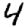
Digit: 4